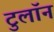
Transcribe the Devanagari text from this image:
टुलॉन